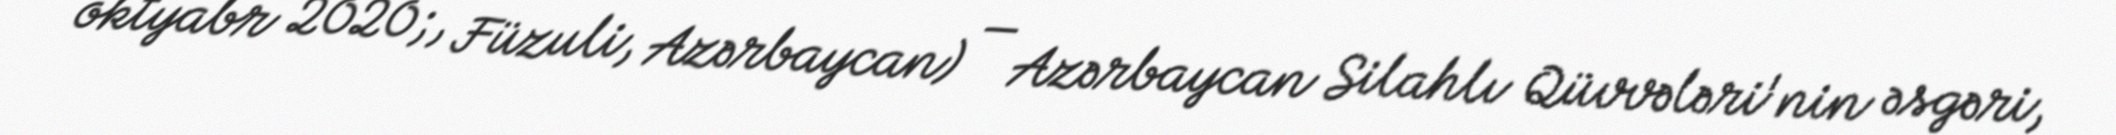
oktyabr 2020;, Füzuli, Azərbaycan) — Azərbaycan Silahlı Qüvvələri'nin əsgəri,